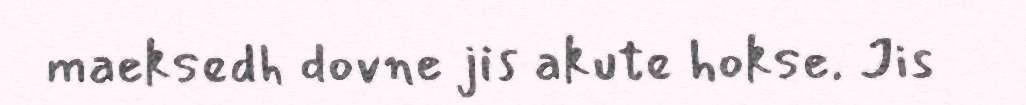
maeksedh dovne jis akute hokse. Jis